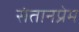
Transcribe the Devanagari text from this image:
संतानप्रेम